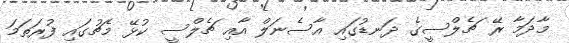
މާދަމާ ރޭ ޗެލްސީގެ ދަނޑުގައި އާސެނަލް އާއި ޗެލްސީ ކުޅޭ މެޗުގައި ފުރަތަމަ